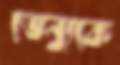
ভেন্যুকে